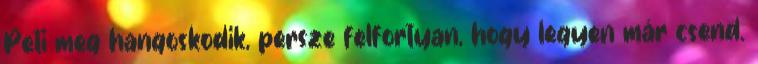
Peti meg hangoskodik, persze felfortyan, hogy legyen már csend.